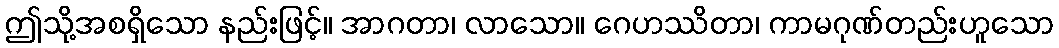
ဤသို့အစရှိသော နည်းဖြင့်။ အာဂတာ၊ လာသော။ ဂေဟဿိတာ၊ ကာမဂုဏ်တည်းဟူသော